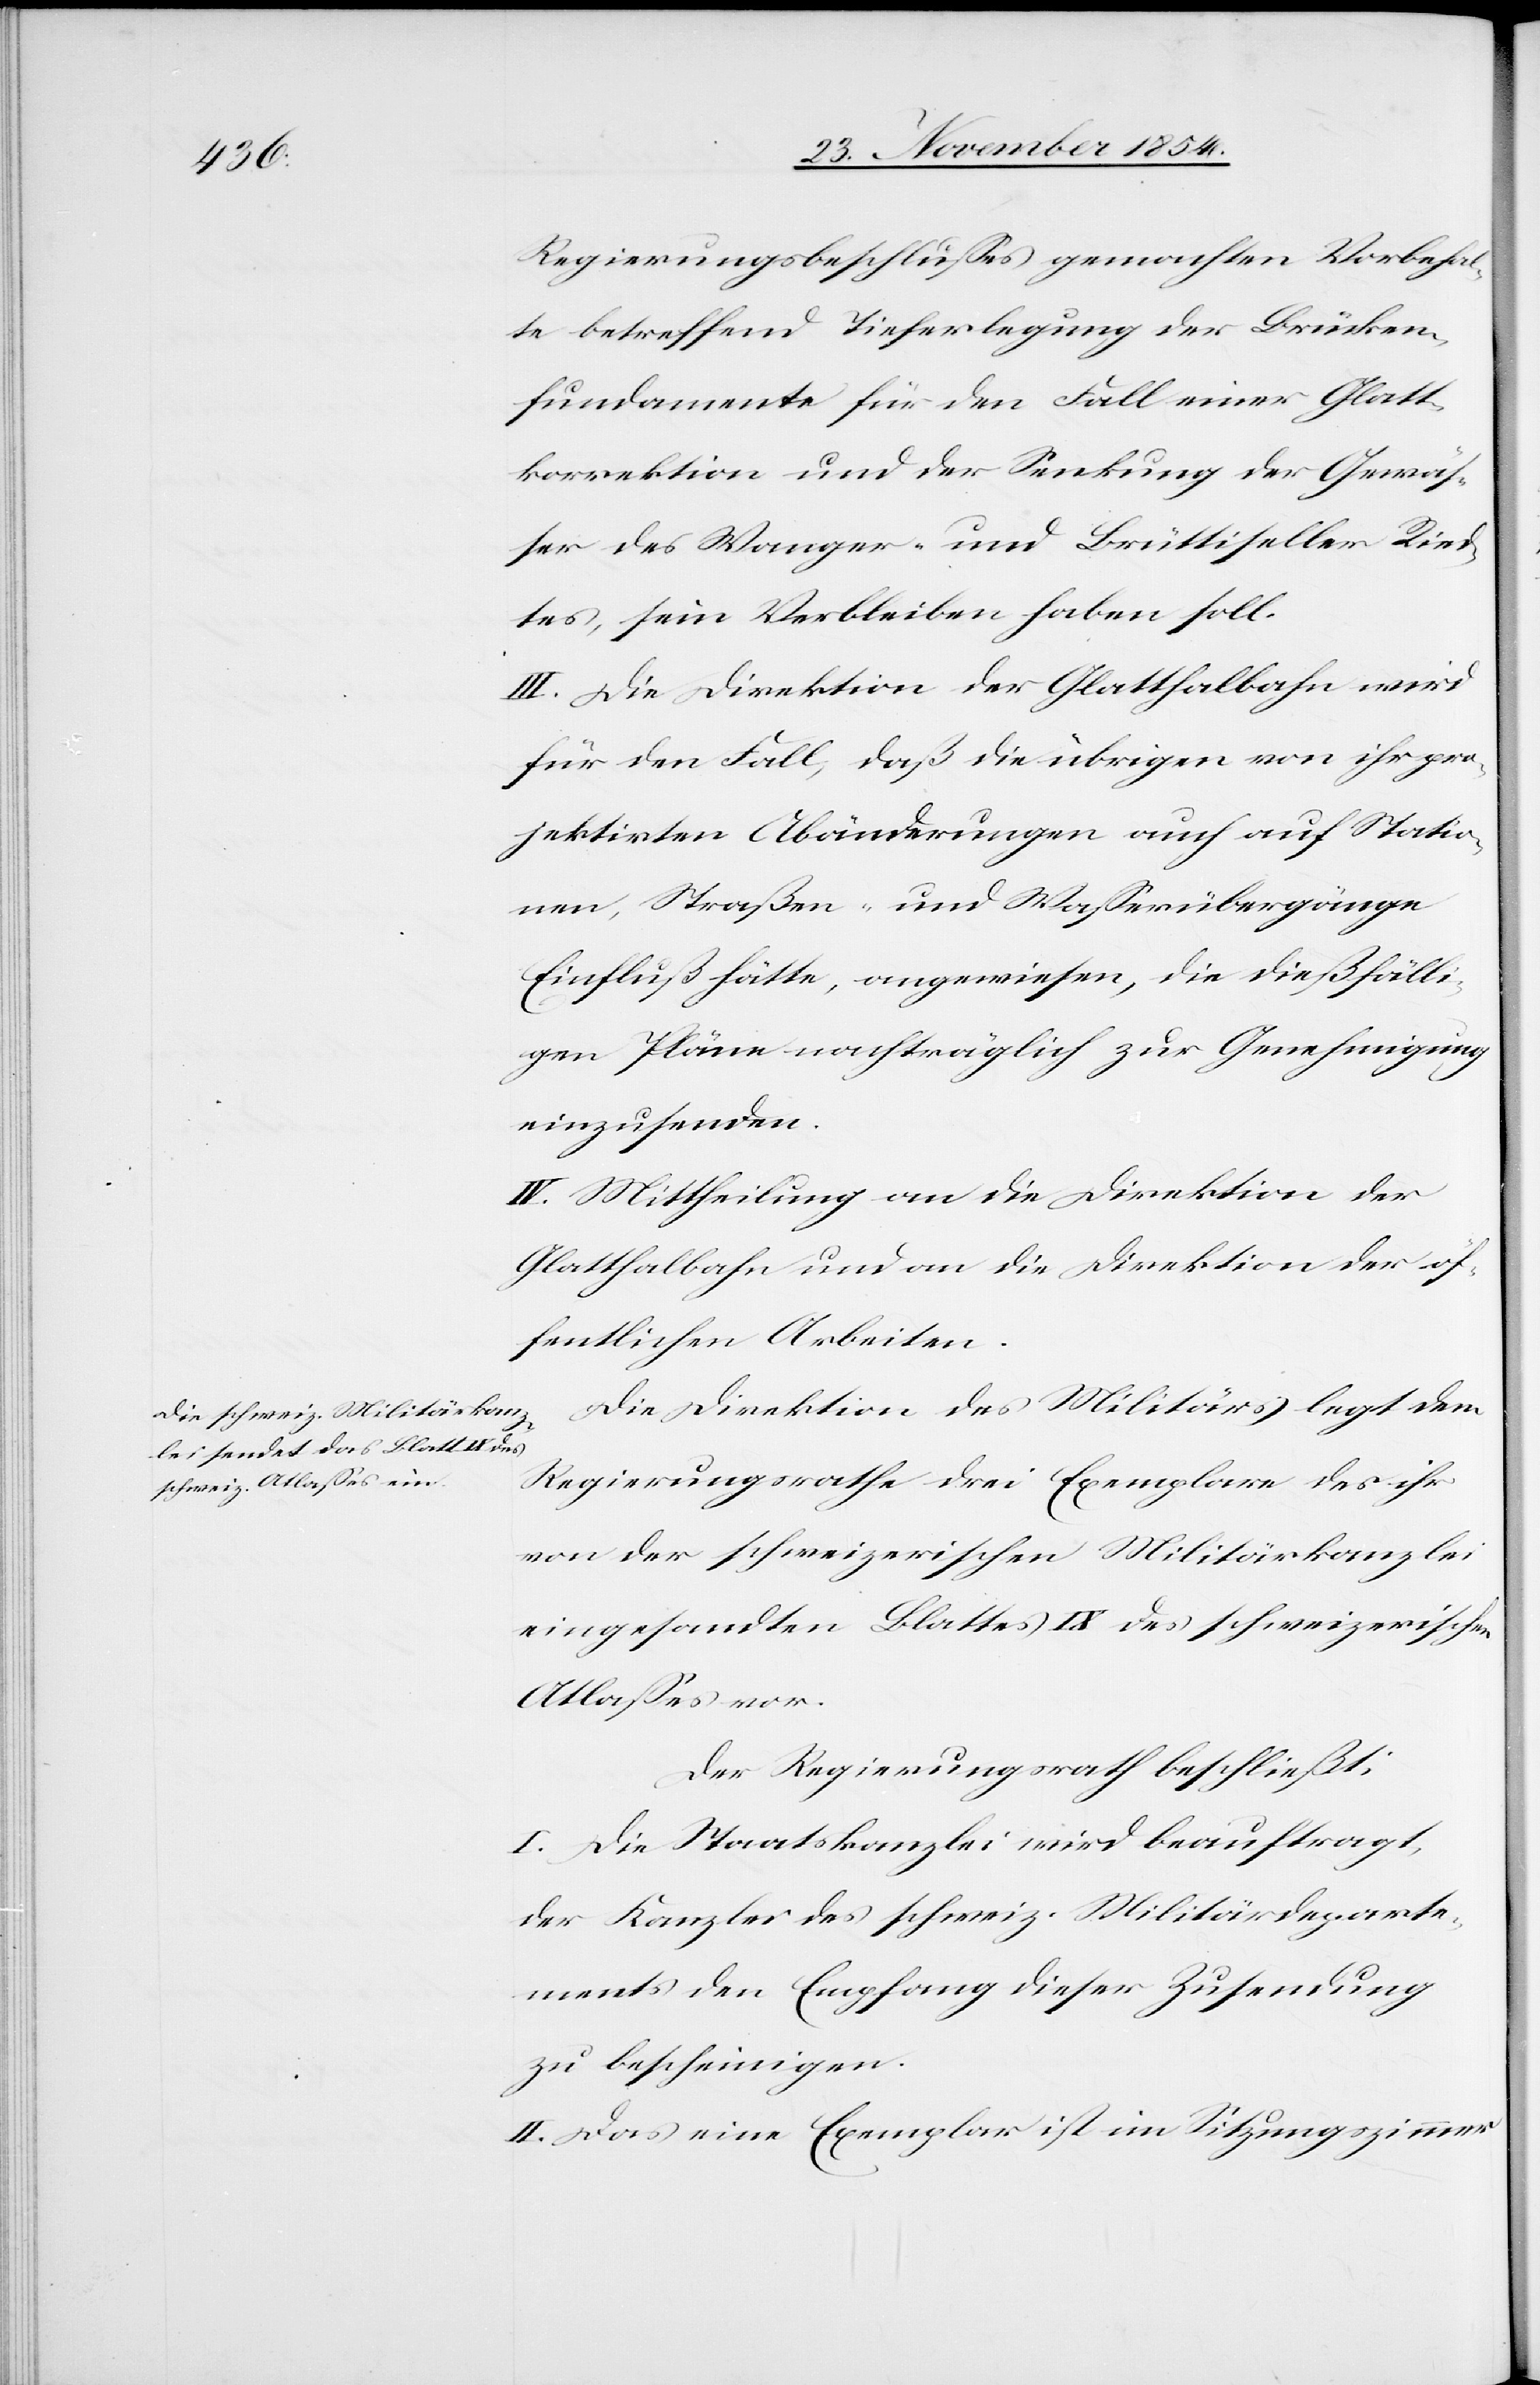
Regierungsbeschlußes gemachten Vorbehal¬
te betreffend Tieferlegung der Brücken¬
fundamente für den Fall einer Glatt¬
korrektion und der Senkung der Gewäß¬
er des Wanger- und Brüttiseller Ried¬
tes, sein Verbleiben haben soll.
III. Die Direktion der Glatthalbahn wird
für den Fall, daß die übrigen von ihr pro¬
jektirten Abänderungen auch auf Statio¬
nen, Straßen- und Waßerübergänge
Einfluß hätte, angewiesen, die dießfälli¬
gen Pläne nachträglich zur Genehmigung
einzusenden.
IV. Mittheilung an die Direktion der
Glatthalbahn und an die Direktion der öf¬
fentlichen Arbeiten.
Die Direktion des Militärs legt dem
Regierungsrathe drei Exemplare des ihr
von der schweizerischen Militärkanzlei
eingesandten Blattes IX des schweizerischen
Atlaßes vor.
Der Regierungsrath beschließt:
I. Die Staatskanzlei wird beauftragt,
der Kanzlei des schweiz. Militärdeparte¬
ments den Empfang dieser Zusendung
zu bescheinigen.
II. Das eine Exemplar ist im Sitzungszimmer